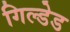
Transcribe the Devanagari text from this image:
गिल्डेड